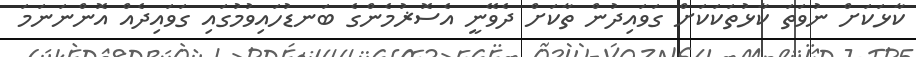
ކާޅަކަށް ނުވަތަ ކާޅުތަކަކަށް ގަވައިދުން ތާކަށް ދެވޭނީ އެސޮޜުމެންގެ ބަނޑުހައިވުމުގައި ގަވައިދެއް އޮންނަނަމަ